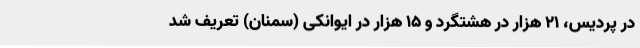
در پردیس، ۲۱ هزار در هشتگرد و ۱۵ هزار در ایوانکی (سمنان) تعریف شد